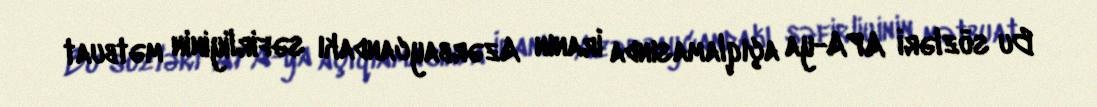
Bu sözləri APA-ya açıqlamasında İranın Azərbaycandakı səfirliyinin mətbuat